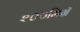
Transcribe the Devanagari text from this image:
२००मिग्रॅ